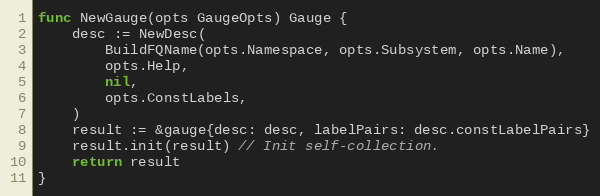
Language: Go
func NewGauge(opts GaugeOpts) Gauge {
	desc := NewDesc(
		BuildFQName(opts.Namespace, opts.Subsystem, opts.Name),
		opts.Help,
		nil,
		opts.ConstLabels,
	)
	result := &gauge{desc: desc, labelPairs: desc.constLabelPairs}
	result.init(result) // Init self-collection.
	return result
}